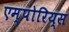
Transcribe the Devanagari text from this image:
एम्पोरिय्स